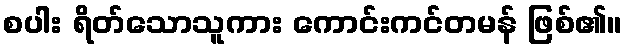
စပါး ရိတ်သောသူကား ကောင်းကင်တမန် ဖြစ်၏။